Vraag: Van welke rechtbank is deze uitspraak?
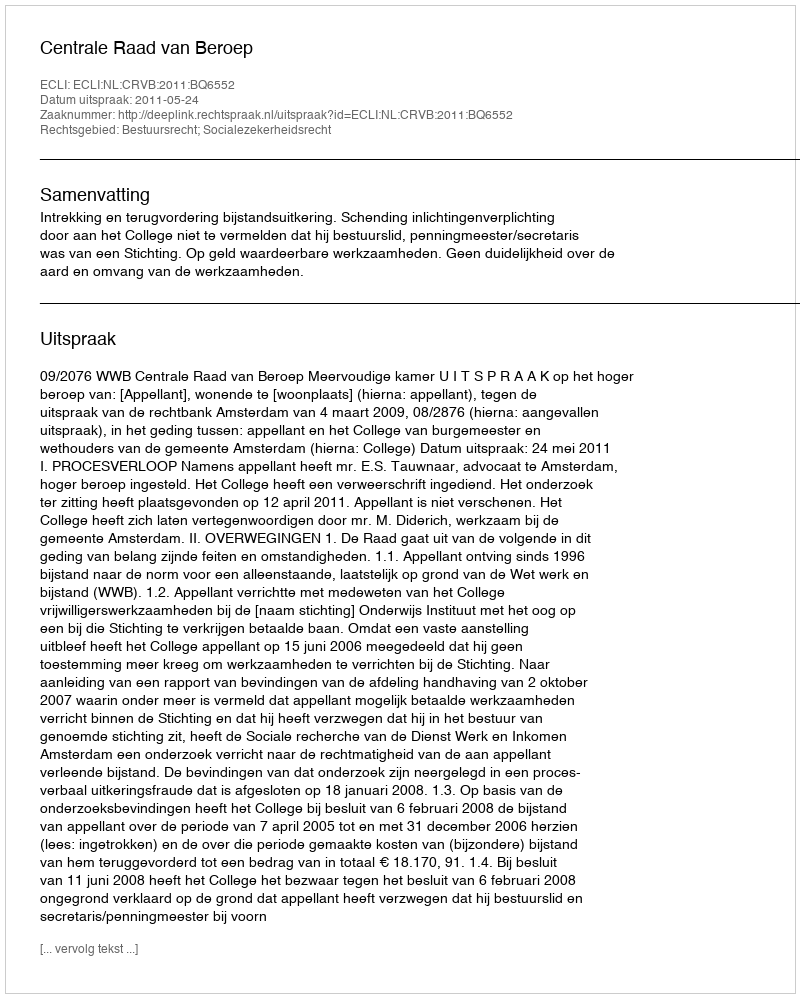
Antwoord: Centrale Raad van Beroep